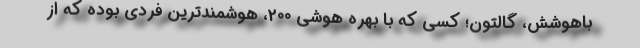
باهوشش، گالتون؛ کسی که با بهره هوشی 200، هوشمندترین فردی بوده که از